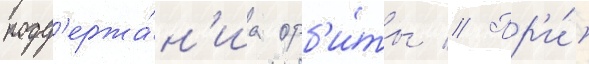
подд'ержа́н'иа орб'и́ты // Пр'и́